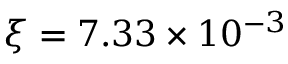
\xi = 7 . 3 3 \times 1 0 ^ { - 3 }